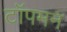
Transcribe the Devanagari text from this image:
टॉपमन